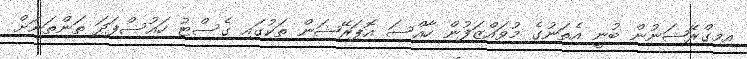
އިމިގްރޭޝަނުން ބުނީ އެތަނުގެ މުވައްޒަފުން ހާއްސަ އޮޕަރޭޝަން ތަކުގައި ގެސްޓު ހައުސްފަދަ ތަންތަނަށް